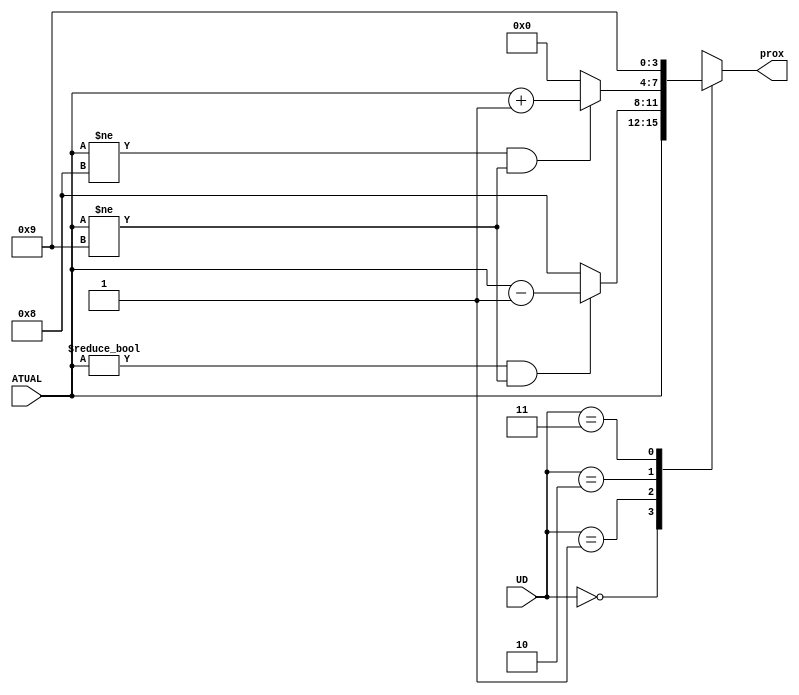
module entradas(UD, ATUAL, prox);
	input [1:0] UD;
	input [3:0] ATUAL;
	output reg [3:0] prox;
	
	always @(ATUAL) begin
		case(UD)
		2'b00:
			prox = ATUAL;
		2'b01:
			if(ATUAL != 4'b0000 && ATUAL != 4'b1001)
				prox = ATUAL - 1;
			else
				prox = 4'b1000;
		2'b10:
			if(ATUAL != 4'b1000 && ATUAL != 4'b1001)
					prox = ATUAL + 1;
			else
				prox = 4'b0000;
		2'b11:
			prox = 4'b1001;
		
		endcase
	end
endmodule